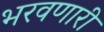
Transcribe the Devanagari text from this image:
भरवणारी